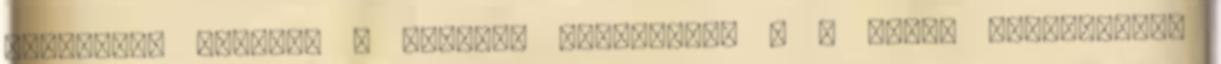
cash-flow sorokat a működés területén. – a saját előállítású